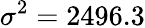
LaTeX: \sigma^{2}=2496.3